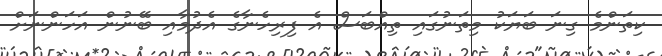
ކިތަންމެ ގިނަ ބަޔަކު މިތަނުގައި ތިއްބަސް އެ ފިރިހެނާގެ އެދުމާއި ބޭނުން އަހަންނަށް